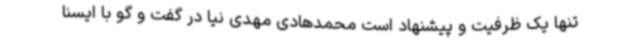
تنها یک ظرفیت و پیشنهاد است محمدهادی مهدی نیا در گفت و گو با ایسنا